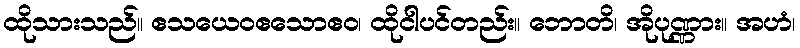
ထိုသားသည်။ ဧသယေဝဧသောဧဝ၊ ထိုငါပင်တည်း။ ဘောတိ၊ အိုပုဏ္ဏား။ အဟံ၊